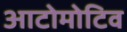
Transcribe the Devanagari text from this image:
आटोमोटिव